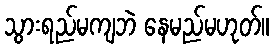
သွားရည်မကျဘဲ နေမည်မဟုတ်။